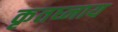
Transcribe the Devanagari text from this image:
कृतघ्नाय